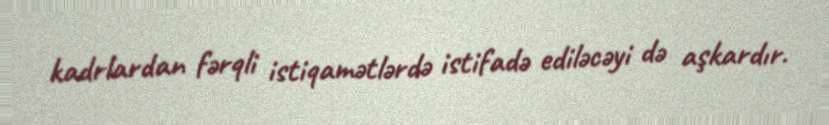
kadrlardan fərqli istiqamətlərdə istifadə ediləcəyi də aşkardır.